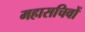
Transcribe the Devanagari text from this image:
महासचिवों